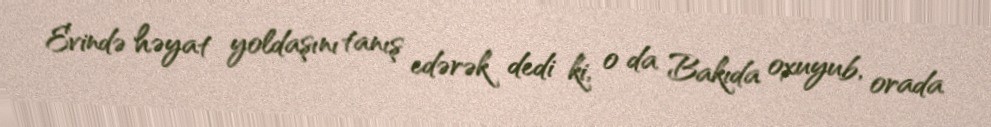
Evində həyat yoldaşını tanış edərək dedi ki, o da Bakıda oxuyub, orada